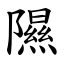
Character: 隰